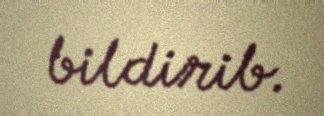
bildirib.